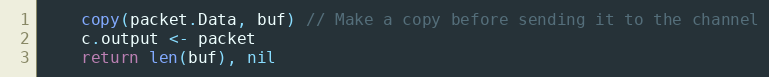
Language: Go
	copy(packet.Data, buf) // Make a copy before sending it to the channel
	c.output <- packet
	return len(buf), nil